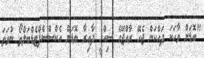
"ބޮޑަށް ވާހަކަ ދައްކަން ޖެހޭ ރާއްޖޭގެ ސިއްހީ ދާއިރާ ބޮޑަށް އެކްސްސެޕްޓެޑްބަލްތޯ ނުވަތަ